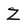
Character: Z